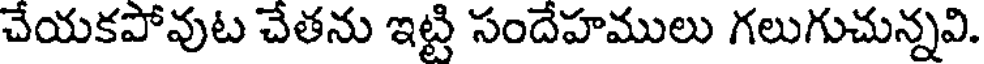
చేయకపోవుట చేతను ఇట్టి సందేహములు గలుగుచున్నవి.